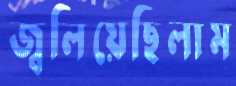
জ্বলিয়েছিলাম